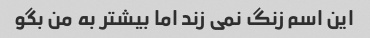
این اسم زنگ نمی زند اما بیشتر به من بگو